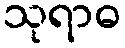
သုရာဓ